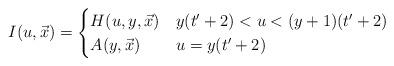
LaTeX: \begin{align*}I(u, \vec{x})=\begin{cases}H(u, y, \vec{x}) & y(t'+2) < u < (y+1)(t'+2)\\A(y, \vec{x}) & u= y(t'+2)\\\end{cases} \end{align*}